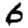
Digit: 6